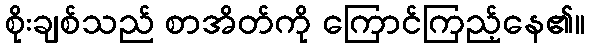
စိုးချစ်သည် စာအိတ်ကို ကြောင်ကြည့်နေ၏။